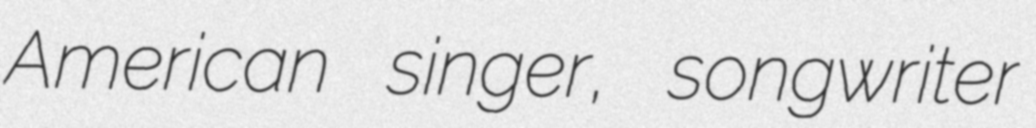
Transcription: American singer, songwriter